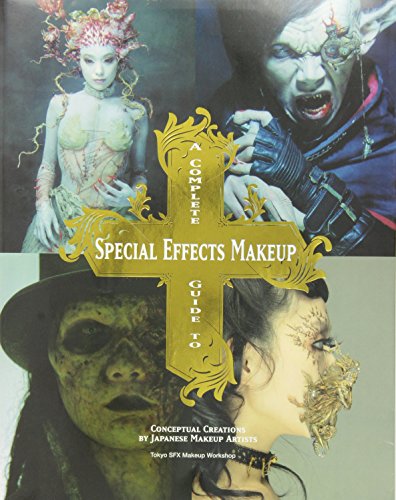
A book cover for A Complete Guide to Special Effects Makeup; Tokyo SFX Makeup Workshop; Humor & Entertainment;